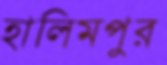
হালিমপুর